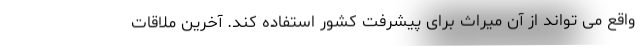
واقع می تواند از آن میراث برای پیشرفت کشور استفاده کند. آخرین ملاقات